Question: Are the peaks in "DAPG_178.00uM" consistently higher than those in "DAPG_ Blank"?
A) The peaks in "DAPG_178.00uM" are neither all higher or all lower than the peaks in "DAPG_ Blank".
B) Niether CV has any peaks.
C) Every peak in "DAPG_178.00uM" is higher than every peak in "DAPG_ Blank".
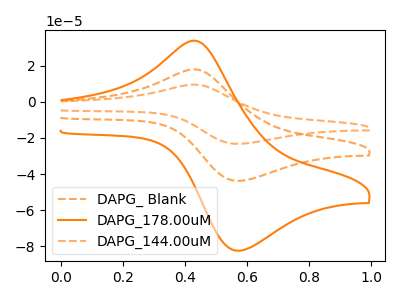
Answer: <think>The orange dashed curve "DAPG_ Blank" has an anodic peak at (0.45V, 18.00uA) and a cathodic peak at (0.55V, -43.75uA). The orange curve "DAPG_178.00uM" has an anodic peak at (0.45V, 33.85uA) and a cathodic peak at (0.55V, -82.40uA). The orange dashed curve "DAPG_144.00uM" has an anodic peak at (0.45V, 35.95uA) and a cathodic peak at (0.55V, -87.55uA).</think>
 <answer>C) Every peak in "DAPG_178.00uM" is higher than every peak in "DAPG_ Blank".</answer>
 <eval>C</eval>